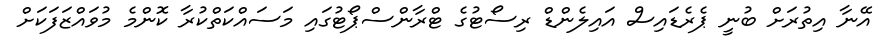
އޭނާ އިތުރަށް ބުނީ ޕެރެޑައިސް އައިލެންޑް ރިސޯޓުގެ ޓްރާންސްޕޯޓުގައި މަސައްކަތްކުރާ ކޮންމެ މުވައްޒަފަކަށް